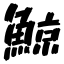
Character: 鯨